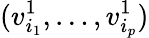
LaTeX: (v_{i_{1}}^{1},\ldots,v_{i_{p}}^{1})